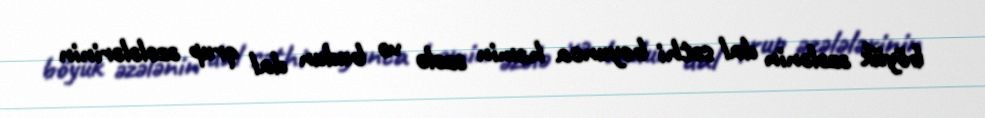
böyük əzələnin dal səthi boyunca həmin əzələ və budun dal qrup əzələlərinin